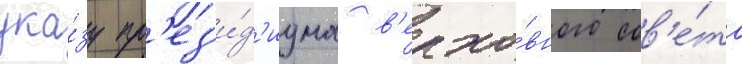
ука́зу пр'ез'и́д'иума в'ерхо́вного сов'е́та